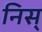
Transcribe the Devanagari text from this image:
निस्